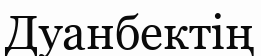
Дуанбектің